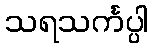
သရသင်္ကပ္ပါ